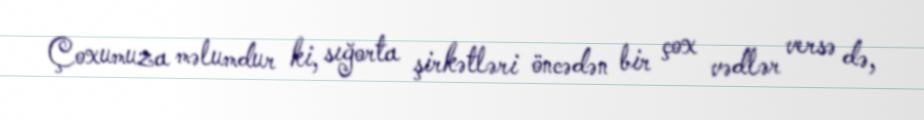
Çoxumuza məlumdur ki, sığorta şirkətləri öncədən bir çox vədlər versə də,